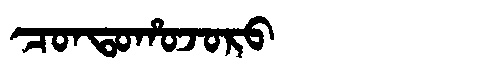
Manchu: ᠴᠣᠨᡨᠣᡥᠣᠵᠣᡵᠣ
Romanization: CONTOHOJORO